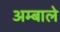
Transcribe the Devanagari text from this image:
अम्बाले